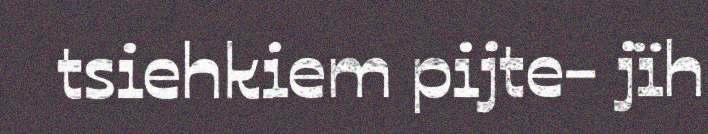
tsiehkiem pijte- jïh